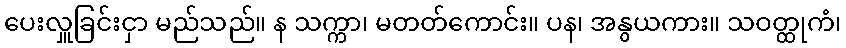
ပေးလှူခြင်းငှာ မည်သည်။ န သက္ကာ၊ မတတ်ကောင်း။ ပန၊ အနွယကား။ သဝတ္ထုကံ၊